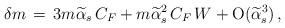
LaTeX: \begin{align*}\delta m \,=\, 3 m \widetilde\alpha_s \, C_F + m \widetilde\alpha^2_s \,C_F\,W + {\rm O}(\widetilde\alpha^3_s)\,,\end{align*}